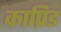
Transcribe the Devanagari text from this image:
काप्रिड